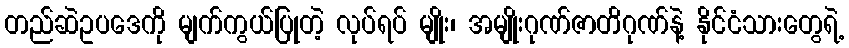
တည်ဆဲဥပဒေကို မျက်ကွယ်ပြုတဲ့ လုပ်ရပ် မျိုး၊ အမျိုးဂုဏ်ဇာတိဂုဏ်နဲ့ နိုင်ငံသားတွေရဲ့